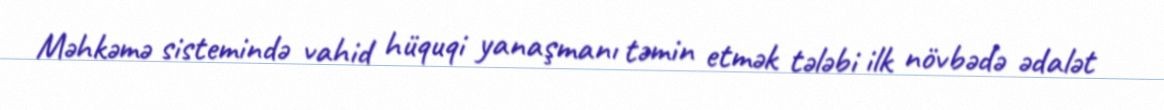
Məhkəmə sistemində vahid hüquqi yanaşmanı təmin etmək tələbi ilk növbədə ədalət